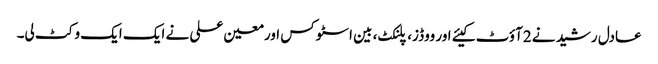
عادل رشید نے 2آؤٹ کیئے اور ووڈز، پلنکٹ، بین اسٹوکس اورمعین علی نے ایک ایک وکٹ لی۔